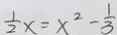
\frac { 1 } { 2 } x = x ^ { 2 } - \frac { 1 } { 3 }